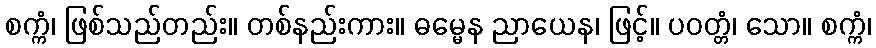
စက္ကံ၊ ဖြစ်သည်တည်း။ တစ်နည်းကား။ ဓမ္မေန ညာယေန၊ ဖြင့်။ ပဝတ္တံ၊ သော။ စက္ကံ၊